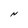
Character: N